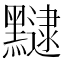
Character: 𪒡